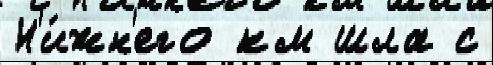
Н'и́жн'его км шла с